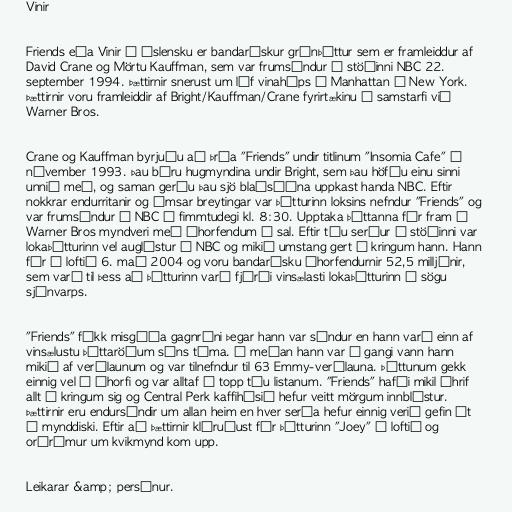
Vinir

Friends eða Vinir á íslensku er bandarískur grínþáttur sem er framleiddur af
David Crane og Mörtu Kauffman, sem var frumsýndur á stöðinni NBC 22.
september 1994. Þættirnir snerust um líf vinahóps á Manhattan í New York.
Þættirnir voru framleiddir af Bright/Kauffman/Crane fyrirtækinu í samstarfi við
Warner Bros.

Crane og Kauffman byrjuðu að þróa "Friends" undir titlinum "Insomia Cafe" í
nóvember 1993. Þau báru hugmyndina undir Bright, sem þau höfðu einu sinni
unnið með, og saman gerðu þau sjö blaðsíðna uppkast handa NBC. Eftir
nokkrar endurritanir og ýmsar breytingar var þátturinn loksins nefndur "Friends" og
var frumsýndur á NBC á fimmtudegi kl. 8:30. Upptaka þáttanna fór fram í
Warner Bros myndveri með áhorfendum í sal. Eftir tíu seríur á stöðinni var
lokaþátturinn vel auglýstur á NBC og mikið umstang gert í kringum hann. Hann
fór í loftið 6. maí 2004 og voru bandarísku áhorfendurnir 52,5 milljónir,
sem varð til þess að þátturinn varð fjórði vinsælasti lokaþátturinn í sögu
sjónvarps.

"Friends" fékk misgóða gagnrýni þegar hann var sýndur en hann varð einn af
vinsælustu þáttaröðum síns tíma. Á meðan hann var í gangi vann hann
mikið af verðlaunum og var tilnefndur til 63 Emmy-verðlauna. Þáttunum gekk
einnig vel í áhorfi og var alltaf á topp tíu listanum. "Friends" hafði mikil áhrif
allt í kringum sig og Central Perk kaffihúsið hefur veitt mörgum innblástur.
Þættirnir eru endursýndir um allan heim en hver sería hefur einnig verið gefin út
á mynddiski. Eftir að þættirnir kláruðust fór þátturinn "Joey" í loftið og
orðrómur um kvikmynd kom upp.

Leikarar &amp; persónur.